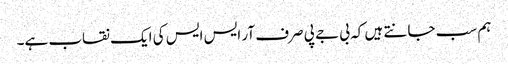
ہم سب جانتے ہیں کہ بی جے پی صرف آر ایس ایس کی ایک نقاب ہے۔